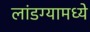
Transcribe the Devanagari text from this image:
लांडग्यामध्ये